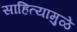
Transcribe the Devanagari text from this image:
साहित्यामुळे